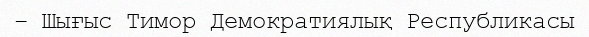
– Шығыс Тимор Демократиялық Республикасы